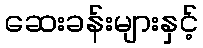
ဆေးခန်းများနှင့်